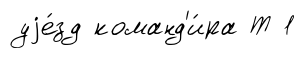
уjе́зд команд'и́ра Т 1